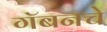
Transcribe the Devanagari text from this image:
गॅबनचे